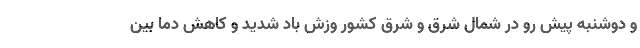
و دوشنبه پیش رو در شمال شرق و شرق کشور وزش باد شدید و کاهش دما بین